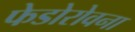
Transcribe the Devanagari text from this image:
फेडोरोवना